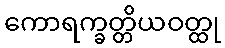
ကောရက္ခတ္တိယဝတ္ထု